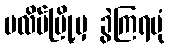
ပလိပ်မြို့မှ ခွဲကြရပုံ